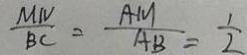
\frac { M N } { B C } = \frac { A M } { A B } = \frac { 1 } { 2 }